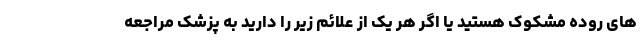
های روده مشکوک هستید یا اگر هر یک از علائم زیر را دارید به پزشک مراجعه